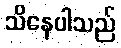
သိနေပါသည်